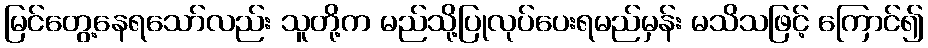
မြင်တွေ့နေရသော်လည်း သူတို့က မည်သို့ပြုလုပ်ပေးရမည်မှန်း မသိသဖြင့် ကြောင်၍